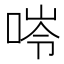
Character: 𠵙